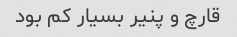
قارچ و پنیر بسیار کم بود